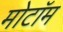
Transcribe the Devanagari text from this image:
मोटॉम